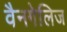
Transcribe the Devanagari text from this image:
वैनगेलिज